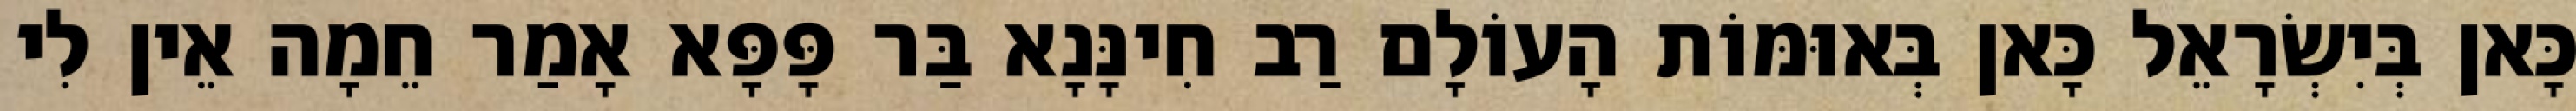
כָּאן בְּיִשְׂרָאֵל כָּאן בְּאוּמּוֹת הָעוֹלָם רַב חִינָּנָא בַּר פָּפָּא אָמַר חֵמָה אֵין לִי